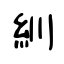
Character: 紃